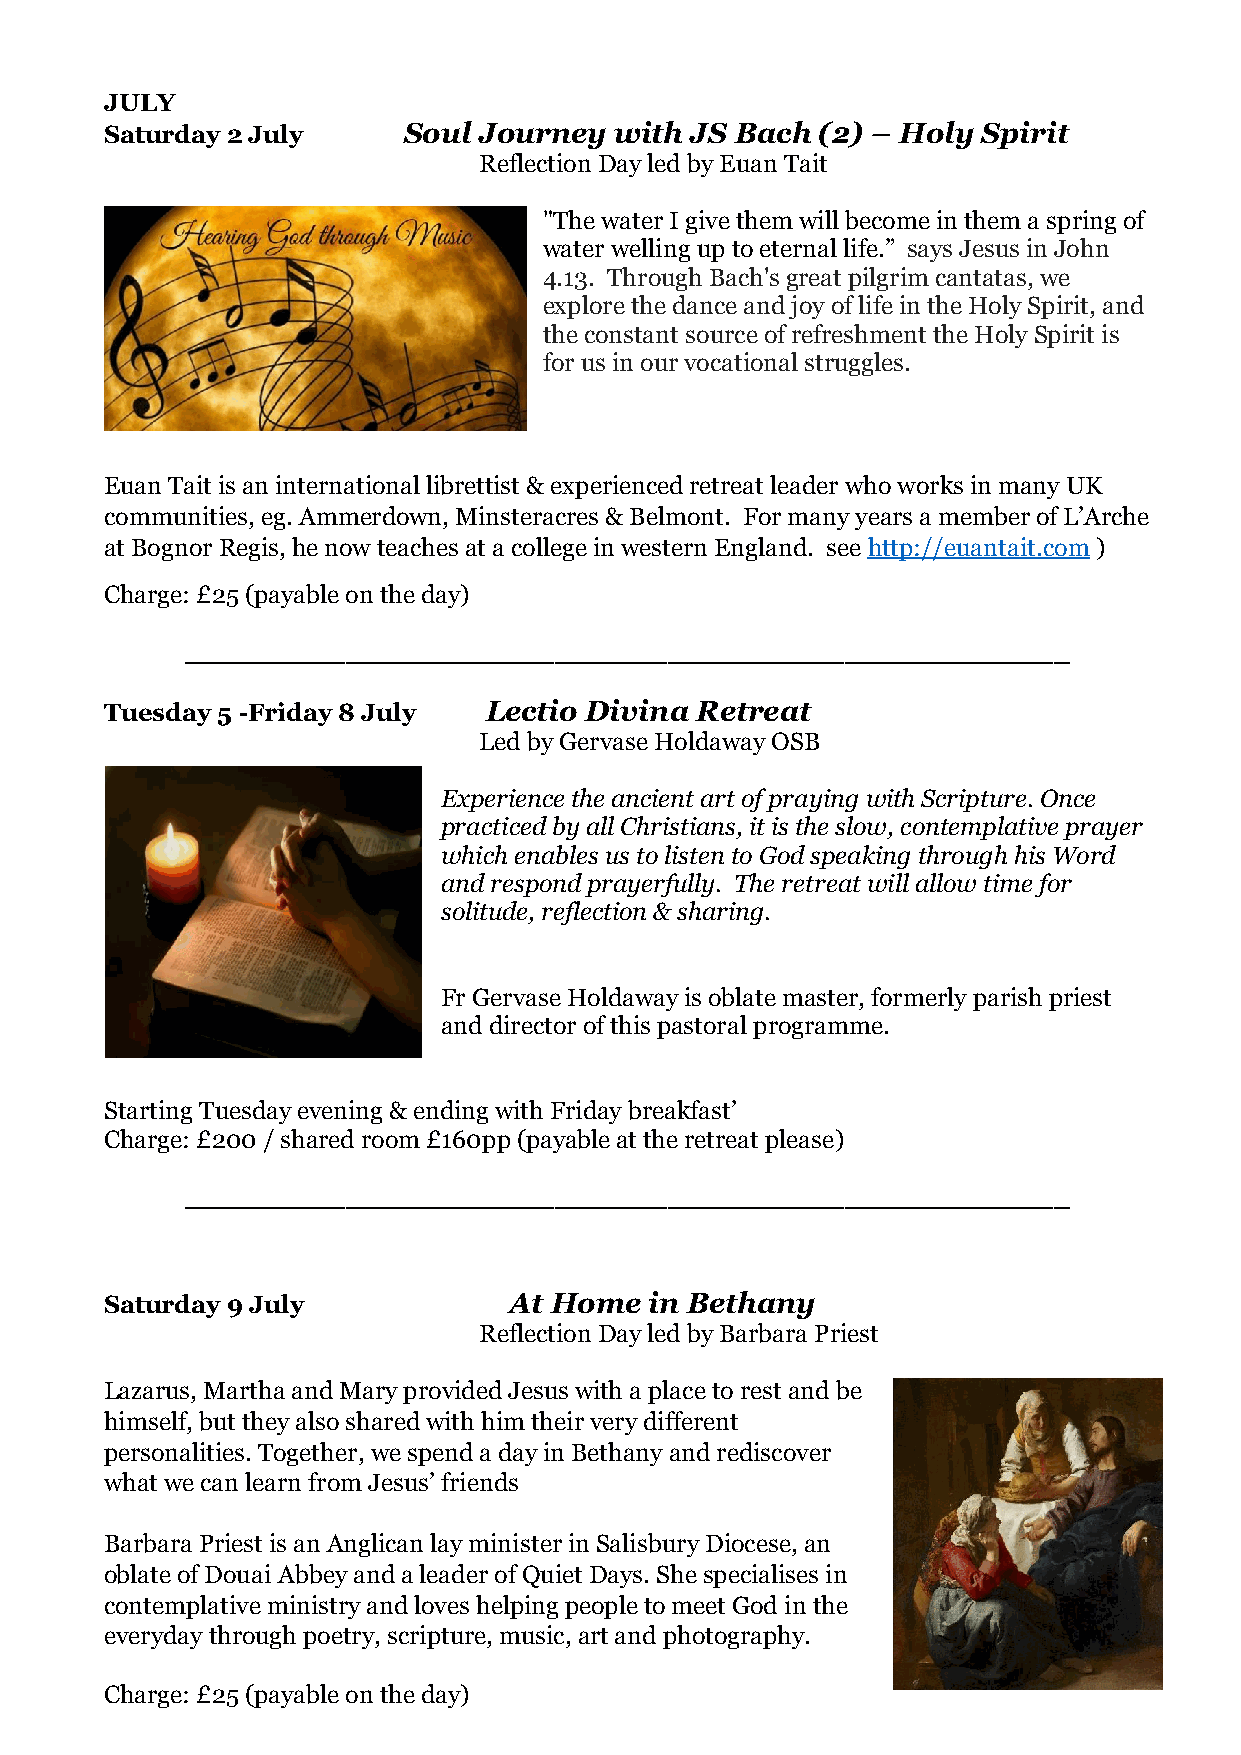
JULY
 Saturday 2 July     Soul Journey  with JS Bach (2) – Holy Spirit
 Reflection Day led by Euan Tait
 "The water I give them will become in them a spring of
 water welling up to eternal life.” says Jesus in John
 4.13. Through Bach's great pilgrim cantatas, we
 explore the dance and joy of life in the Holy Spirit, and
 the constant source of refreshment the Holy Spirit is
 for us in our vocational struggles.
 Euan Tait is an international librettist & experienced retreat leader who works in many UK
 communities, eg. Ammerdown, Minsteracres & Belmont. For many years a member of L’Arche
 at Bognor Regis, he now teaches at a college in western England. see http://euantait.com )
 Charge: £25 (payable on the day)
 _______________________________________________________
 Tuesday 5 -Friday 8 July Lectio Divina Retreat
 Led by Gervase Holdaway OSB
 Experience the ancient art of praying with Scripture. Once
 practiced by all Christians, it is the slow, contemplative prayer
 which enables us to listen to God speaking through his Word
 and respond prayerfully. The retreat will allow time for
 solitude, reflection & sharing.
 Fr Gervase Holdaway is oblate master, formerly parish priest
 and director of this pastoral programme.
 Starting Tuesday evening & ending with Friday breakfast’
 Charge: £200 / shared room £160pp (payable at the retreat please)
 _______________________________________________________
 Saturday 9 July            At Home  in Bethany
 Reflection Day led by Barbara Priest
 Lazarus, Martha and Mary provided Jesus with a place to rest and be
 himself, but they also shared with him their very different
 personalities. Together, we spend a day in Bethany and rediscover
 what we can learn from Jesus’ friends
 Barbara Priest is an Anglican lay minister in Salisbury Diocese, an
 oblate of Douai Abbey and a leader of Quiet Days. She specialises in
 contemplative ministry and loves helping people to meet God in the
 everyday through poetry, scripture, music, art and photography.
 Charge: £25 (payable on the day)